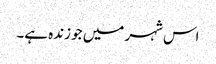
اس شہر میں جو زندہ ہے۔